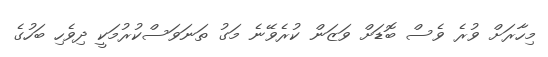
މިހާރަށް ވުރެ ވެސް ބޮޑަށް ވަޒަން ކުރެވޭނެ މަގު ތަނަވަސްކުރުމަކީ ދިވެހި ބަހުގެ